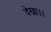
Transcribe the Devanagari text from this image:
देखा।।